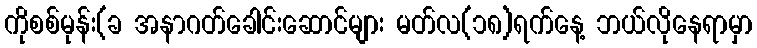
ကိုစစ်မုန်း(ခ အနာဂတ်ခေါင်းဆောင်များ မတ်လ(၁၈)ရက်နေ့ ဘယ်လိုနေရာမှာ